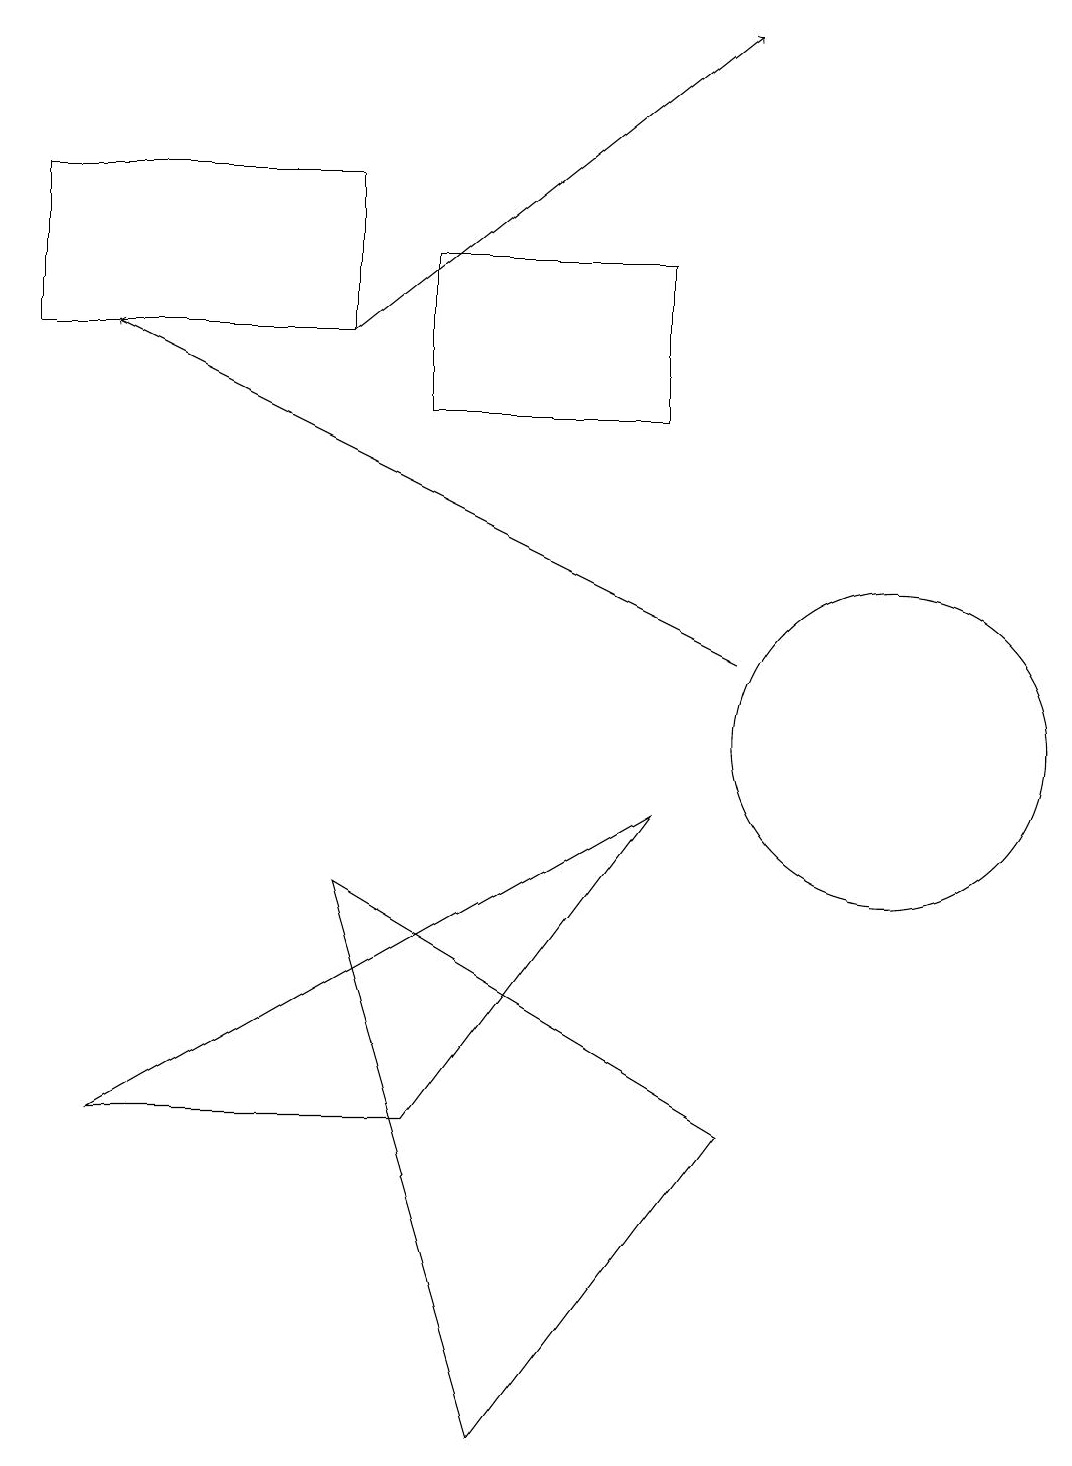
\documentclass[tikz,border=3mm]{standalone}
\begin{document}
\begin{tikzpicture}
\draw[->] (9,11) -- (1,15);
\draw (4,17) rectangle (0,15);
\draw (8,14) rectangle (5,16);
\draw (8,9) -- (1,5) -- (5,5) -- cycle;
\draw (9,5) -- (6,1) -- (4,8) -- cycle;
\draw[->] (4,15) -- (9,19);
\draw (11,10) circle (2);
\draw (10,11) circle (0);
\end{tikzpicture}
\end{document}